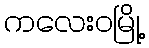
ကလေးဝမြို့